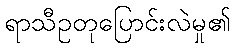
ရာသီဥတုပြောင်းလဲမှု၏